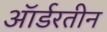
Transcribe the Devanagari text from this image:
ऑर्डरतीन